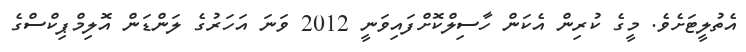
އެތުލީޓަށެވެ. މީގެ ކުރިން އެކަން ހާސިލްކޮށްފައިވަނީ 2012 ވަނަ އަހަރުގެ ލަންޑަން އޮލިމްޕިކްސްގެ